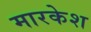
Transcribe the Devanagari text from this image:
मारकेश